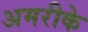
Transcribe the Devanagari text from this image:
अमरीके